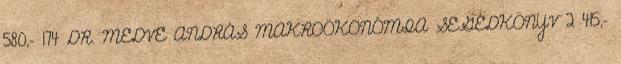
580,- 174 DR. MEDVE ANDRÁS MAKROÖKONÓMIA SEGÉDKÖNYV 2 415,-